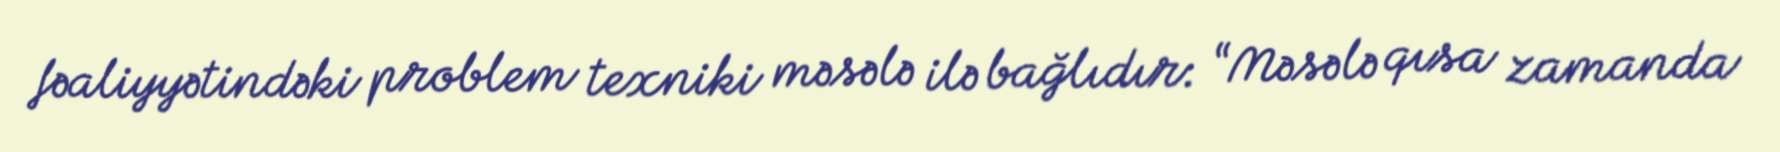
fəaliyyətindəki problem texniki məsələ ilə bağlıdır: “Məsələ qısa zamanda